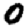
Digit: 0